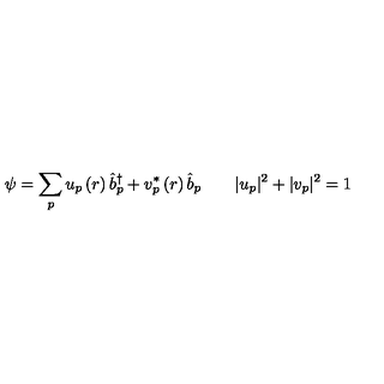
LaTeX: \psi = \sum _ { p } u _ { p } \left( r \right) \hat { b } _ { p } ^ { \dagger } + v _ { p } ^ { * } \left( r \right) \hat { b } _ { p } \qquad | u _ { p } | ^ { 2 } + | v _ { p } | ^ { 2 } = 1